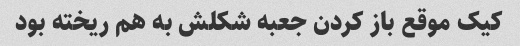
کیک موقع باز کردن جعبه شکلش به هم ریخته بود